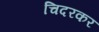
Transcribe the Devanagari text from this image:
चिदरकर